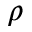
{ \rho }